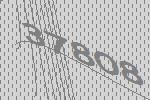
37808